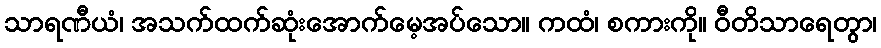
သာရဏီယံ၊ အသက်ထက်ဆုံးအောက်မေ့အပ်သော။ ကထံ၊ စကားကို။ ဝီတိသာရေတွာ၊